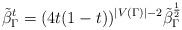
LaTeX: \begin{align*}\tilde \beta_\Gamma^t = (4t(1-t))^{|V(\Gamma)|-2}\tilde \beta_\Gamma^{\frac 1 2}\end{align*}